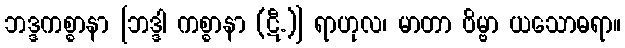
ဘဒ္ဒကစ္စာနာ [ဘဒ္ဒါ ကစ္စာနာ (ဋီ.)] ရာဟုလ၊ မာတာ ဗိမ္ဗာ ယသောဓရာ။